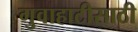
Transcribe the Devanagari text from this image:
गुवाहाटीसाठी